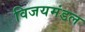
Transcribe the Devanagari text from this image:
विजयमंडल